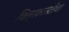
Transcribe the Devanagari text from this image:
चित्रकारितेचा